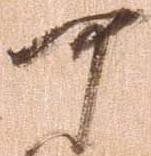
可